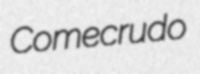
Comecrudo